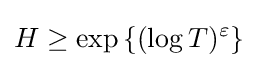
H\geq \exp {\{(\log T)^{\varepsilon }\}}